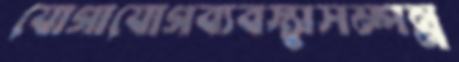
যোগাযোগব্যবস্থাসম্পন্ন